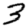
Digit: 3